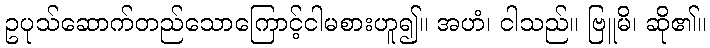
ဥပုသ်ဆောက်တည်သောကြောင့်ငါမစားဟူ၍။ အဟံ၊ ငါသည်။ ဗြူမိ၊ ဆို၏။